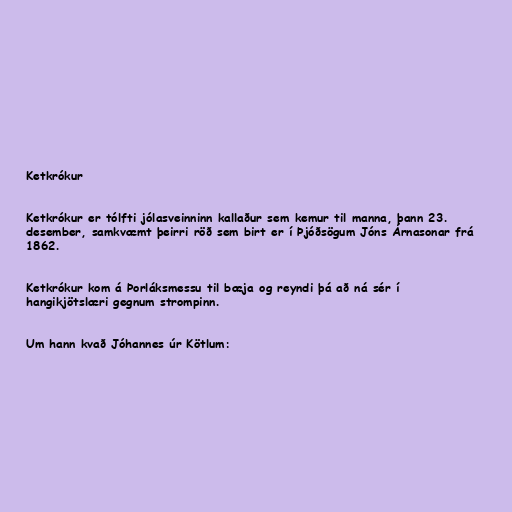
Ketkrókur

Ketkrókur er tólfti jólasveinninn kallaður sem kemur til manna, þann 23.
desember, samkvæmt þeirri röð sem birt er í Þjóðsögum Jóns Árnasonar frá
1862.

Ketkrókur kom á Þorláksmessu til bæja og reyndi þá að ná sér í
hangikjötslæri gegnum strompinn.

Um hann kvað Jóhannes úr Kötlum: